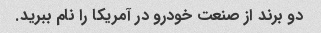
دو برند از صنعت خودرو در آمریکا را نام ببرید.